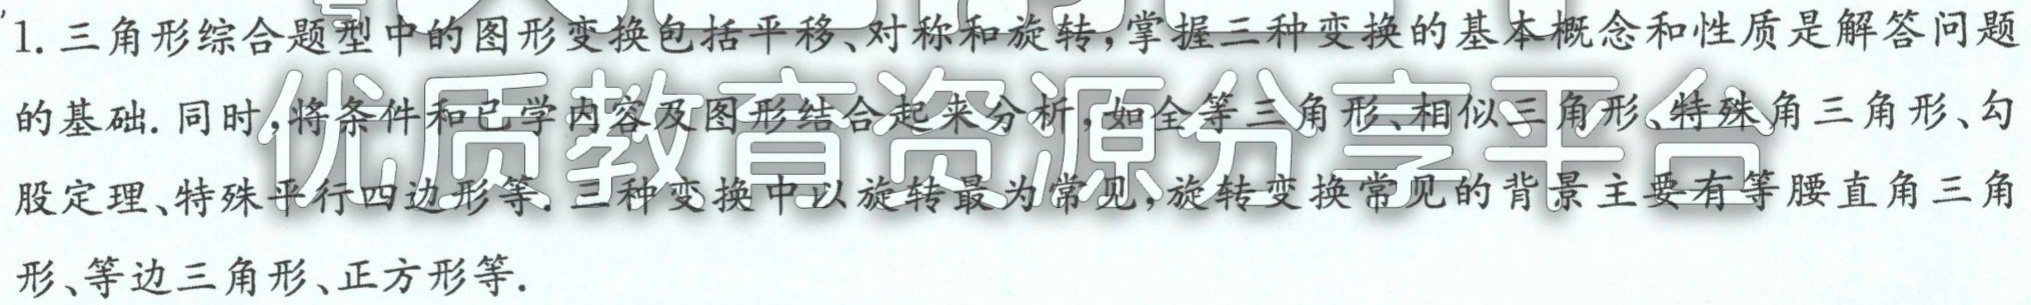
1. 三角形综合题型中的图形变换包括平移、对称和旋转，掌握三种变换的基本概念和性质是解答问题
的基础. 同时，将条件和已学内容及图形结合起来分析，如全等三角形、相似三角形、特殊角三角形、勾
股定理、特殊平行四边形等. 三种变换中以旋转最为常见，旋转变换常见的背景主要有等腰直角三角
形、等边三角形、正方形等.